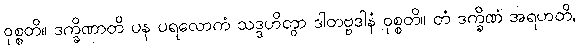
ဝုစ္စတိ။ ဒက္ခိဏာတိ ပန ပရလောကံ သဒ္ဒဟိတွာ ဒါတဗ္ဗဒါနံ ဝုစ္စတိ။ တံ ဒက္ခိဏံ အရဟတိ,